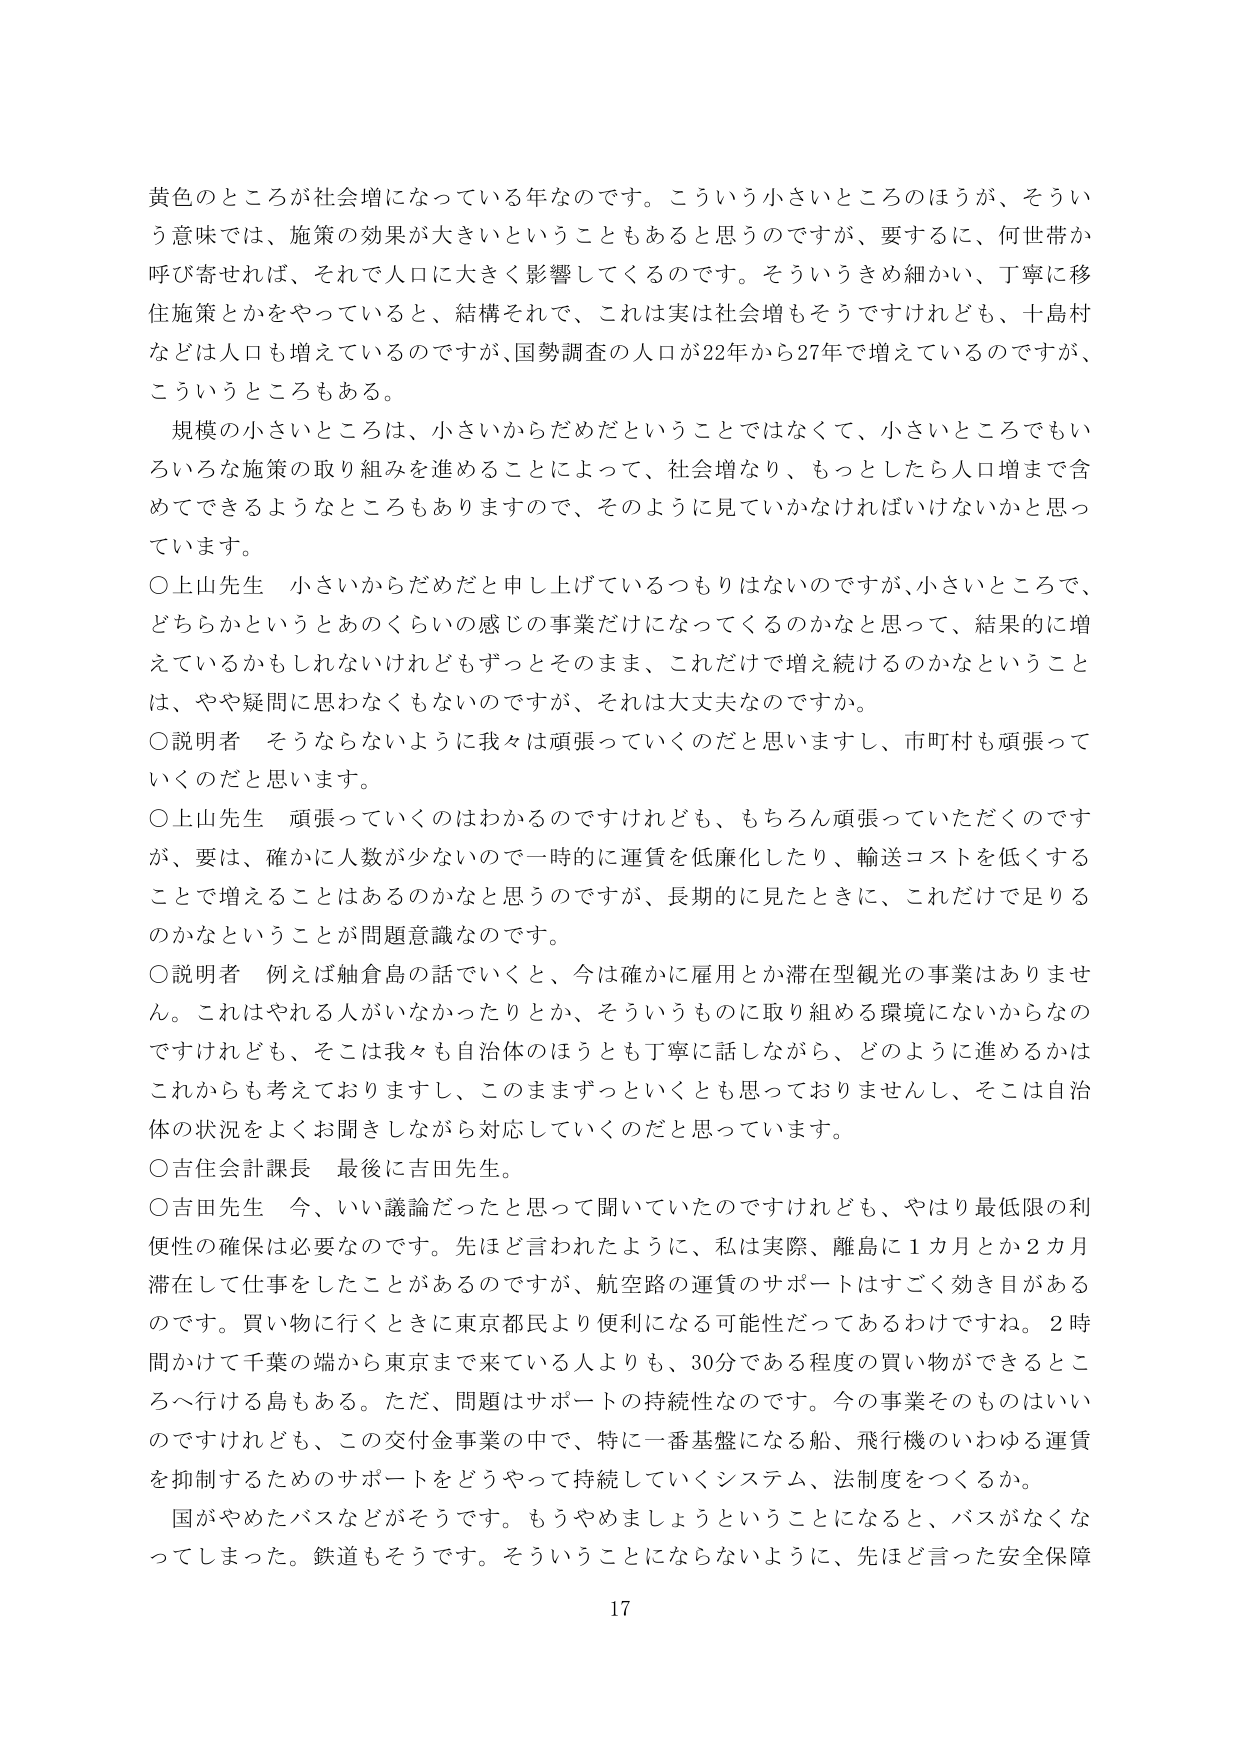
黄色のところが社会増になっている年なのです。こういう小さいところのほうが、そういう意味では、施策の効果が大きいということもあると思うのですが、要するに、何世帯か呼び寄せれば、それで人口に大きく影響してくるのです。そういうきめ細かい、丁寧に移住施策とかをやっていると、結構それで、これは実は社会増もそうですけれども、十島村などは人口も増えているのですが、国勢調査の人口が22年から27年で増えているのですが、こういうところもある。

規模の小さいところは、小さいからだめだということではなくて、小さいところでもいろいろな施策の取り組みを進めることによって、社会増なり、もっとしたら人口増まで含めてできるようなところもありますので、そのように見ていかなければならないかと思っています。

○上山先生　小さいからだめだと申し上げているつもりはないのですが、小さいところで、どちらかというとあのくらいの感じの事業だけになってくるのかなと思って、結果的に増えているかもしれないけれどもずっとそのまま、これだけで増え続けるのかなということは、やや疑問に思わなくもないのですが、それは大丈夫なのですか。

○説明者　そうならないように我々は頑張っていくのだと思いますし、市町村も頑張っていくのだと思います。

○上山先生　頑張っていくのはわかるのですけれども、もちろん頑張っていただくのですが、要は、確かに人数が少ないので一時的に運賃を低廉化したり、輸送コストを低くすることで増えることはあるのかなと思うのですが、長期的に見たときに、これだけで足りるのかなということが問題意識なのです。

○説明者　例えば舳倉島の話でいくと、今は確かに雇用とか滞在型観光の事業はありません。これはやれる人がいなかったりとか、そういうものに取り組める環境にないからなのですがけれども、そこは我々も自治体のほうとも丁寧に話しながら、どのように進めるかはこれからも考えておりますし、このままずっといくとも思っておりませんし、そこは自治体の状況をよくお聞きしながら対応していくのだと思っています。

○吉住会計課長　最後に吉田先生。

○吉田先生　今、いい議論だったと思って聞いていたのですけれども、やはり最低限の利便性の確保は必要なのです。先ほど言われたように、私は実際、離島に1カ月とか2カ月滞在して仕事をしたことがあるのですが、航空路の運賃のサポートはすごく効き目があるのです。買い物に行くときに東京都民より便利になる可能性だってあるわけですね。2時間かけて千葉の端から東京まで来ている人よりも、30分である程度の買い物ができるところへ行ける島もある。ただ、問題はサポートの持続性なのです。今の事業そのものはいいのですけれども、この交付金事業の中で、特に一番基盤になる船、飛行機のいわゆる運賃を抑制するためのサポートをどうやって持続していくシステム、法制度をつくるか。

国がやめたバスなどがそうです。もうやめましょうということになると、バスがなくなってしまった。鉄道もそうです。そういうことにならないように、先ほど言った安全保障

17